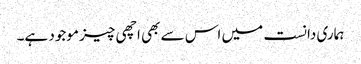
ہماری دانست میں اس سے بھی اچھی چیز موجود ہے۔